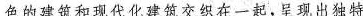
色的建筑和现代化建筑交织在一起，呈现出独特